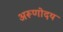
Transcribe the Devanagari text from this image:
अरूणोदय